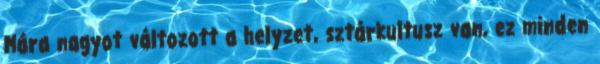
Mára nagyot változott a helyzet, sztárkultusz van, ez minden